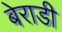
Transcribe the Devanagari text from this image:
बेराडी